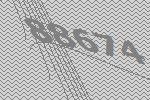
88674